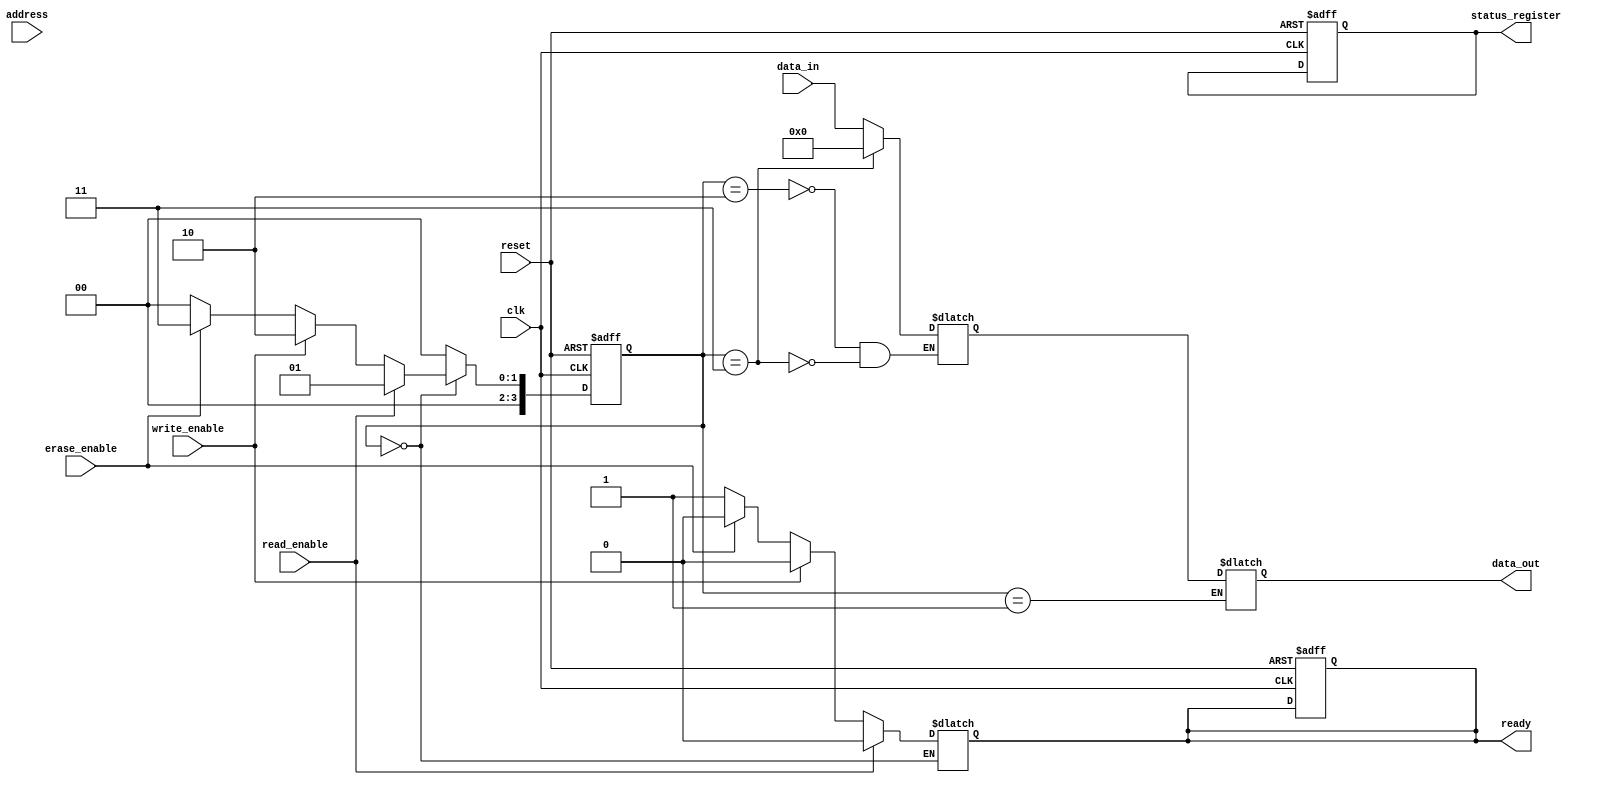
module mlc_nand_io_block (
    input wire clk,
    input wire reset,
    input wire [7:0] data_in,             // Data input from host
    output reg [7:0] data_out,             // Data output to host
    input wire [15:0] address,             // Address input
    input wire read_enable,                 // Read command signal
    input wire write_enable,                // Write command signal
    input wire erase_enable,                // Erase command signal
    output reg ready,                       // Ready signal for host
    output reg [7:0] status_register        // Status register
);

    // Internal signals
    reg [7:0] data_buffer;                  // Data buffer for I/O operations
    reg [7:0] error_correction_code;        // Placeholder for ECC
    reg [3:0] current_state;                // State machine for control logic
    reg [3:0] next_state;                   // Next state for control logic
    
    // State definitions
    localparam IDLE = 4'b0000,
               READ = 4'b0001,
               WRITE = 4'b0010,
               ERASE = 4'b0011,
               ERROR = 4'b0100;

    // Control and Timing Logic
    always @(posedge clk or posedge reset) begin
        if (reset) begin
            current_state <= IDLE;
            ready <= 1'b1;
            status_register <= 8'b00000000;
        end else begin
            current_state <= next_state;
        end
    end

    always @(*) begin
        case (current_state)
            IDLE: begin
                if (read_enable) begin
                    next_state = READ;
                    ready = 1'b0;
                end else if (write_enable) begin
                    next_state = WRITE;
                    ready = 1'b0;
                end else if (erase_enable) begin
                    next_state = ERASE;
                    ready = 1'b0;
                end else begin
                    next_state = IDLE;
                    ready = 1'b1;
                end
            end
            READ: begin
                // Simulate read operation
                data_out = data_buffer; // Assume data_buffer holds the read data
                next_state = IDLE;
            end
            WRITE: begin
                // Simulate write operation
                data_buffer = data_in; // Store input data to buffer
                next_state = IDLE;
            end
            ERASE: begin
                // Simulate erase operation
                data_buffer = 8'b00000000; // Clear buffer to simulate erase
                next_state = IDLE;
            end
            default: next_state = IDLE;
        endcase
    end

    // Data Serializer/Deserializer (SerDes)
    // This is a placeholder for serialization logic
    // In a real design, this would handle the conversion between parallel and serial data

    // Error Correction Code (ECC) Engine
    // Placeholder for ECC implementation
    always @(posedge clk) begin
        // Implement ECC logic here
        // This is a simplified version and would need actual algorithms
        error_correction_code <= data_buffer ^ 8'hFF; // Example operation
    end

    // Voltage Level Control Circuits
    // Placeholder for voltage level control logic

    // High-Speed Clock Generation and Distribution
    // Placeholder for clock generation logic (PLL, DLL)

    // Power Management Unit
    // Placeholder for power management logic

endmodule